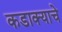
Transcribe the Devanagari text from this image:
कडाक्याचे